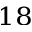
^ { 1 8 }